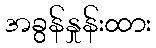
အခွန်နှုန်းထား